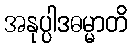
အနုပ္ပါဒဓမ္မာတိ